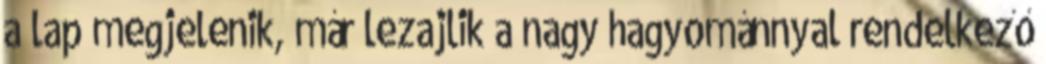
a lap megjelenik, már lezajlik a nagy hagyománnyal rendelkező